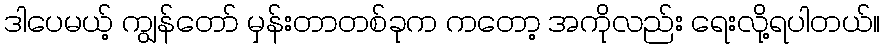
ဒါပေမယ့် ကျွန်တော် မှန်းတာတစ်ခုက ကတော့ အကိုလည်း ရေးလို့ရပါတယ်။